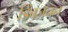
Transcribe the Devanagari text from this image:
डिंबजनन